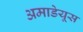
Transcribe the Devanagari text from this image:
अमाडेयूस